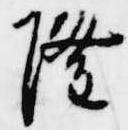
隆